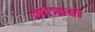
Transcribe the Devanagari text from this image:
जाऋवी